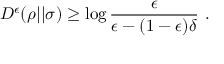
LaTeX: D ^ { \epsilon } ( \rho | | \sigma ) \geq \log { \frac { \epsilon } { \epsilon - ( 1 - \epsilon ) \delta } } ~ .